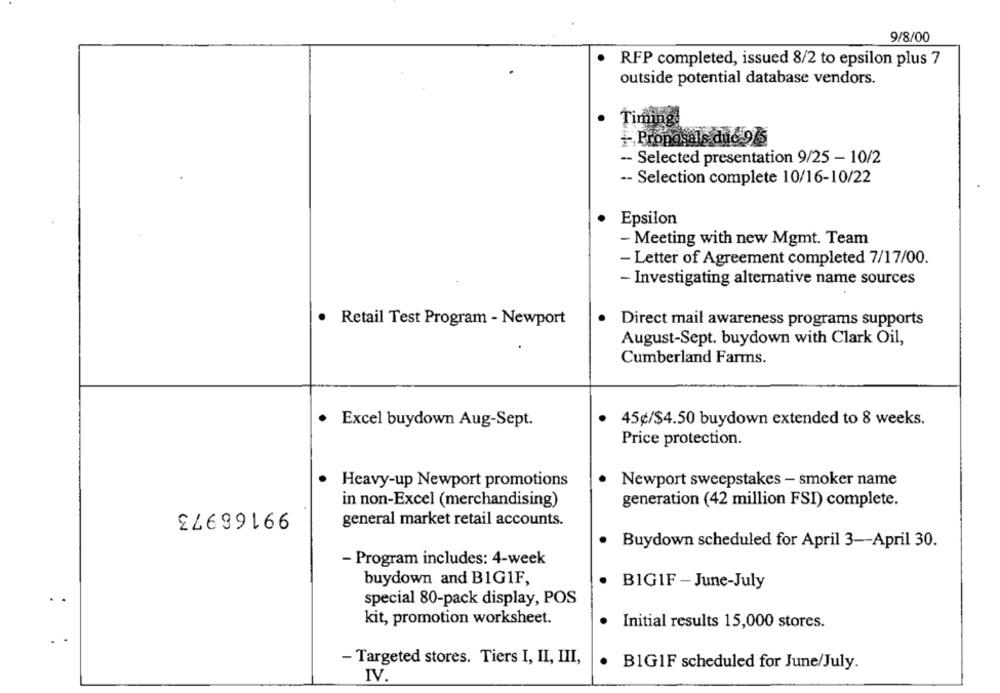
9/8/00
RFP completed, issued 8/2 to epsilon plus 7
outside potential database vendors.
Timing
+ Proposals duc 95
-- Selected presentation 9/25 - 10/2
-- Selection complete 10/16-10/22
.
Epsilon
- Meeting with new Mgmt. Team
- Letter of Agreement completed 7/17/00.
- Investigating alternative name sources
.
Retail Test Program - Newport
Direct mail awareness programs supports
August-Sept. buydown with Clark Oil,
Cumberland Farms.
.
Excel buydown Aug-Sept.
45¢/$4.50 buydown extended to 8 weeks.
Price protection.
· Heavy-up Newport promotions
Newport sweepstakes - smoker name
99166973
in non-Excel (merchandising)
generation (42 million FSI) complete.
general market retail accounts.
Buydown scheduled for April 3-April 30.
- Program includes: 4-week
buydown and BIG1F,
BIG1F -June-July
.
special 80-pack display, POS
kit, promotion worksheet.
Initial results 15,000 stores.
- Targeted stores. Tiers I, II, III,
.
B1GIF scheduled for June/July.
IV.